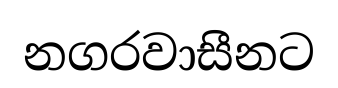
නගරවාසීනට